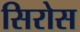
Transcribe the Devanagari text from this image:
सिरोस